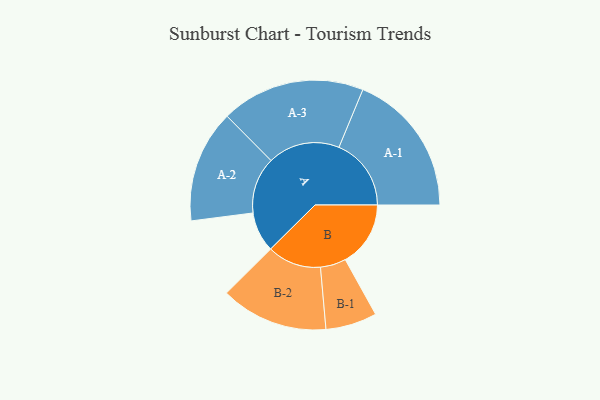
{"axis": {"x": "Segment", "y": "Value"}, "legend": ["", "A", "B"], "data": [{"x": "A", "y": 161, "type": ""}, {"x": "B", "y": 262, "type": ""}, {"x": "A-1", "y": 290, "type": "A"}, {"x": "A-2", "y": 226, "type": "A"}, {"x": "A-3", "y": 289, "type": "A"}, {"x": "B-1", "y": 103, "type": "B"}, {"x": "B-2", "y": 216, "type": "B"}]}